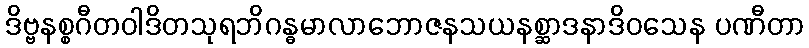
ဒိဗ္ဗနစ္စဂီတဝါဒိတသုရဘိဂန္ဓမာလာဘောဇနသယနစ္ဆာဒနာဒိဝသေန ပဏီတာ